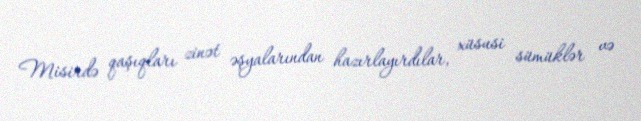
Misirdə qaşıqları zinət əşyalarından hazırlayırdılar, xüsusi sümüklər və